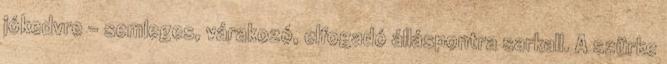
jókedvre - semleges, várakozó, elfogadó álláspontra sarkall. A szürke